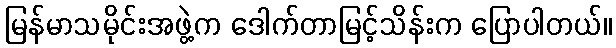
မြန်မာသမိုင်းအဖွဲ့က ဒေါက်တာမြင့်သိန်းက ပြောပါတယ်။